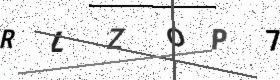
Text: RLZOP7